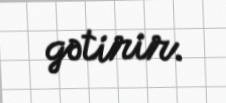
gətirir.